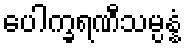
ပေါက္ခရဏီသမ္ပန္နံ